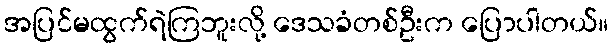
အပြင်မထွက်ရဲကြဘူးလို့ ဒေသခံတစ်ဦးက ပြောပါတယ်။